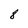
Character: 8